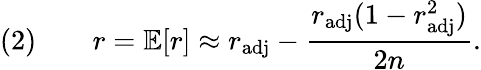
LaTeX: (2)\qquad r=\operatorname{\mathbb{E}}[r]\approx r_{\mathrm{adj}}-{\frac{r_{\mathrm{adj}}(1-r_{\mathrm{adj}}^{2})}{2n}}.